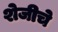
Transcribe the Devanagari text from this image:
शेजीचे